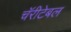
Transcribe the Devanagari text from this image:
चॅरीटेबल